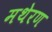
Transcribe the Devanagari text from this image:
मथेरण